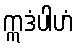
ဣဒံပါဟံ